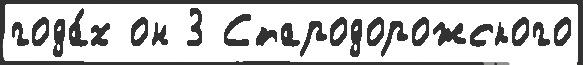
года́х он 3 Стародорожского